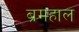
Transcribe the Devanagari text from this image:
ब्रमहाल